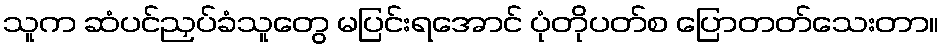
သူက ဆံပင်ညှပ်ခံသူတွေ မပြင်းရအောင် ပုံတိုပတ်စ ပြောတတ်သေးတာ။